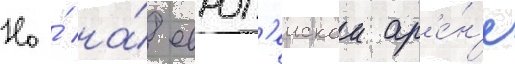
Но́ на́ европ'еискои ар'е́н'е